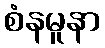
စံနမူနာ